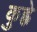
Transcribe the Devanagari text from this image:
कुह्ने